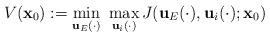
LaTeX: \begin{align*} V(\textbf{x}_0):= \min_{\textbf{u}_E(\cdot)} \ \max_{\textbf{u}_i(\cdot)} J(\textbf{u}_E(\cdot),\textbf{u}_i(\cdot);\textbf{x}_0)\end{align*}